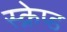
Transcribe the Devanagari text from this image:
स्क्रेप्ड